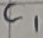
Text: C1